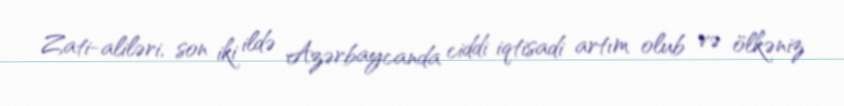
Zati-aliləri, son iki ildə Azərbaycanda ciddi iqtisadi artım olub və ölkəniz